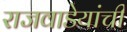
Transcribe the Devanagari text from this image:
राजवाडेयांची